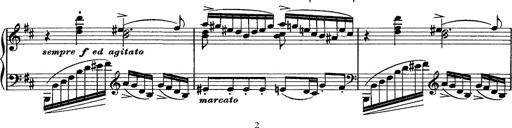
Title: Piano Sonata
Composer: Karl HÃ¤ssler
Key: C major